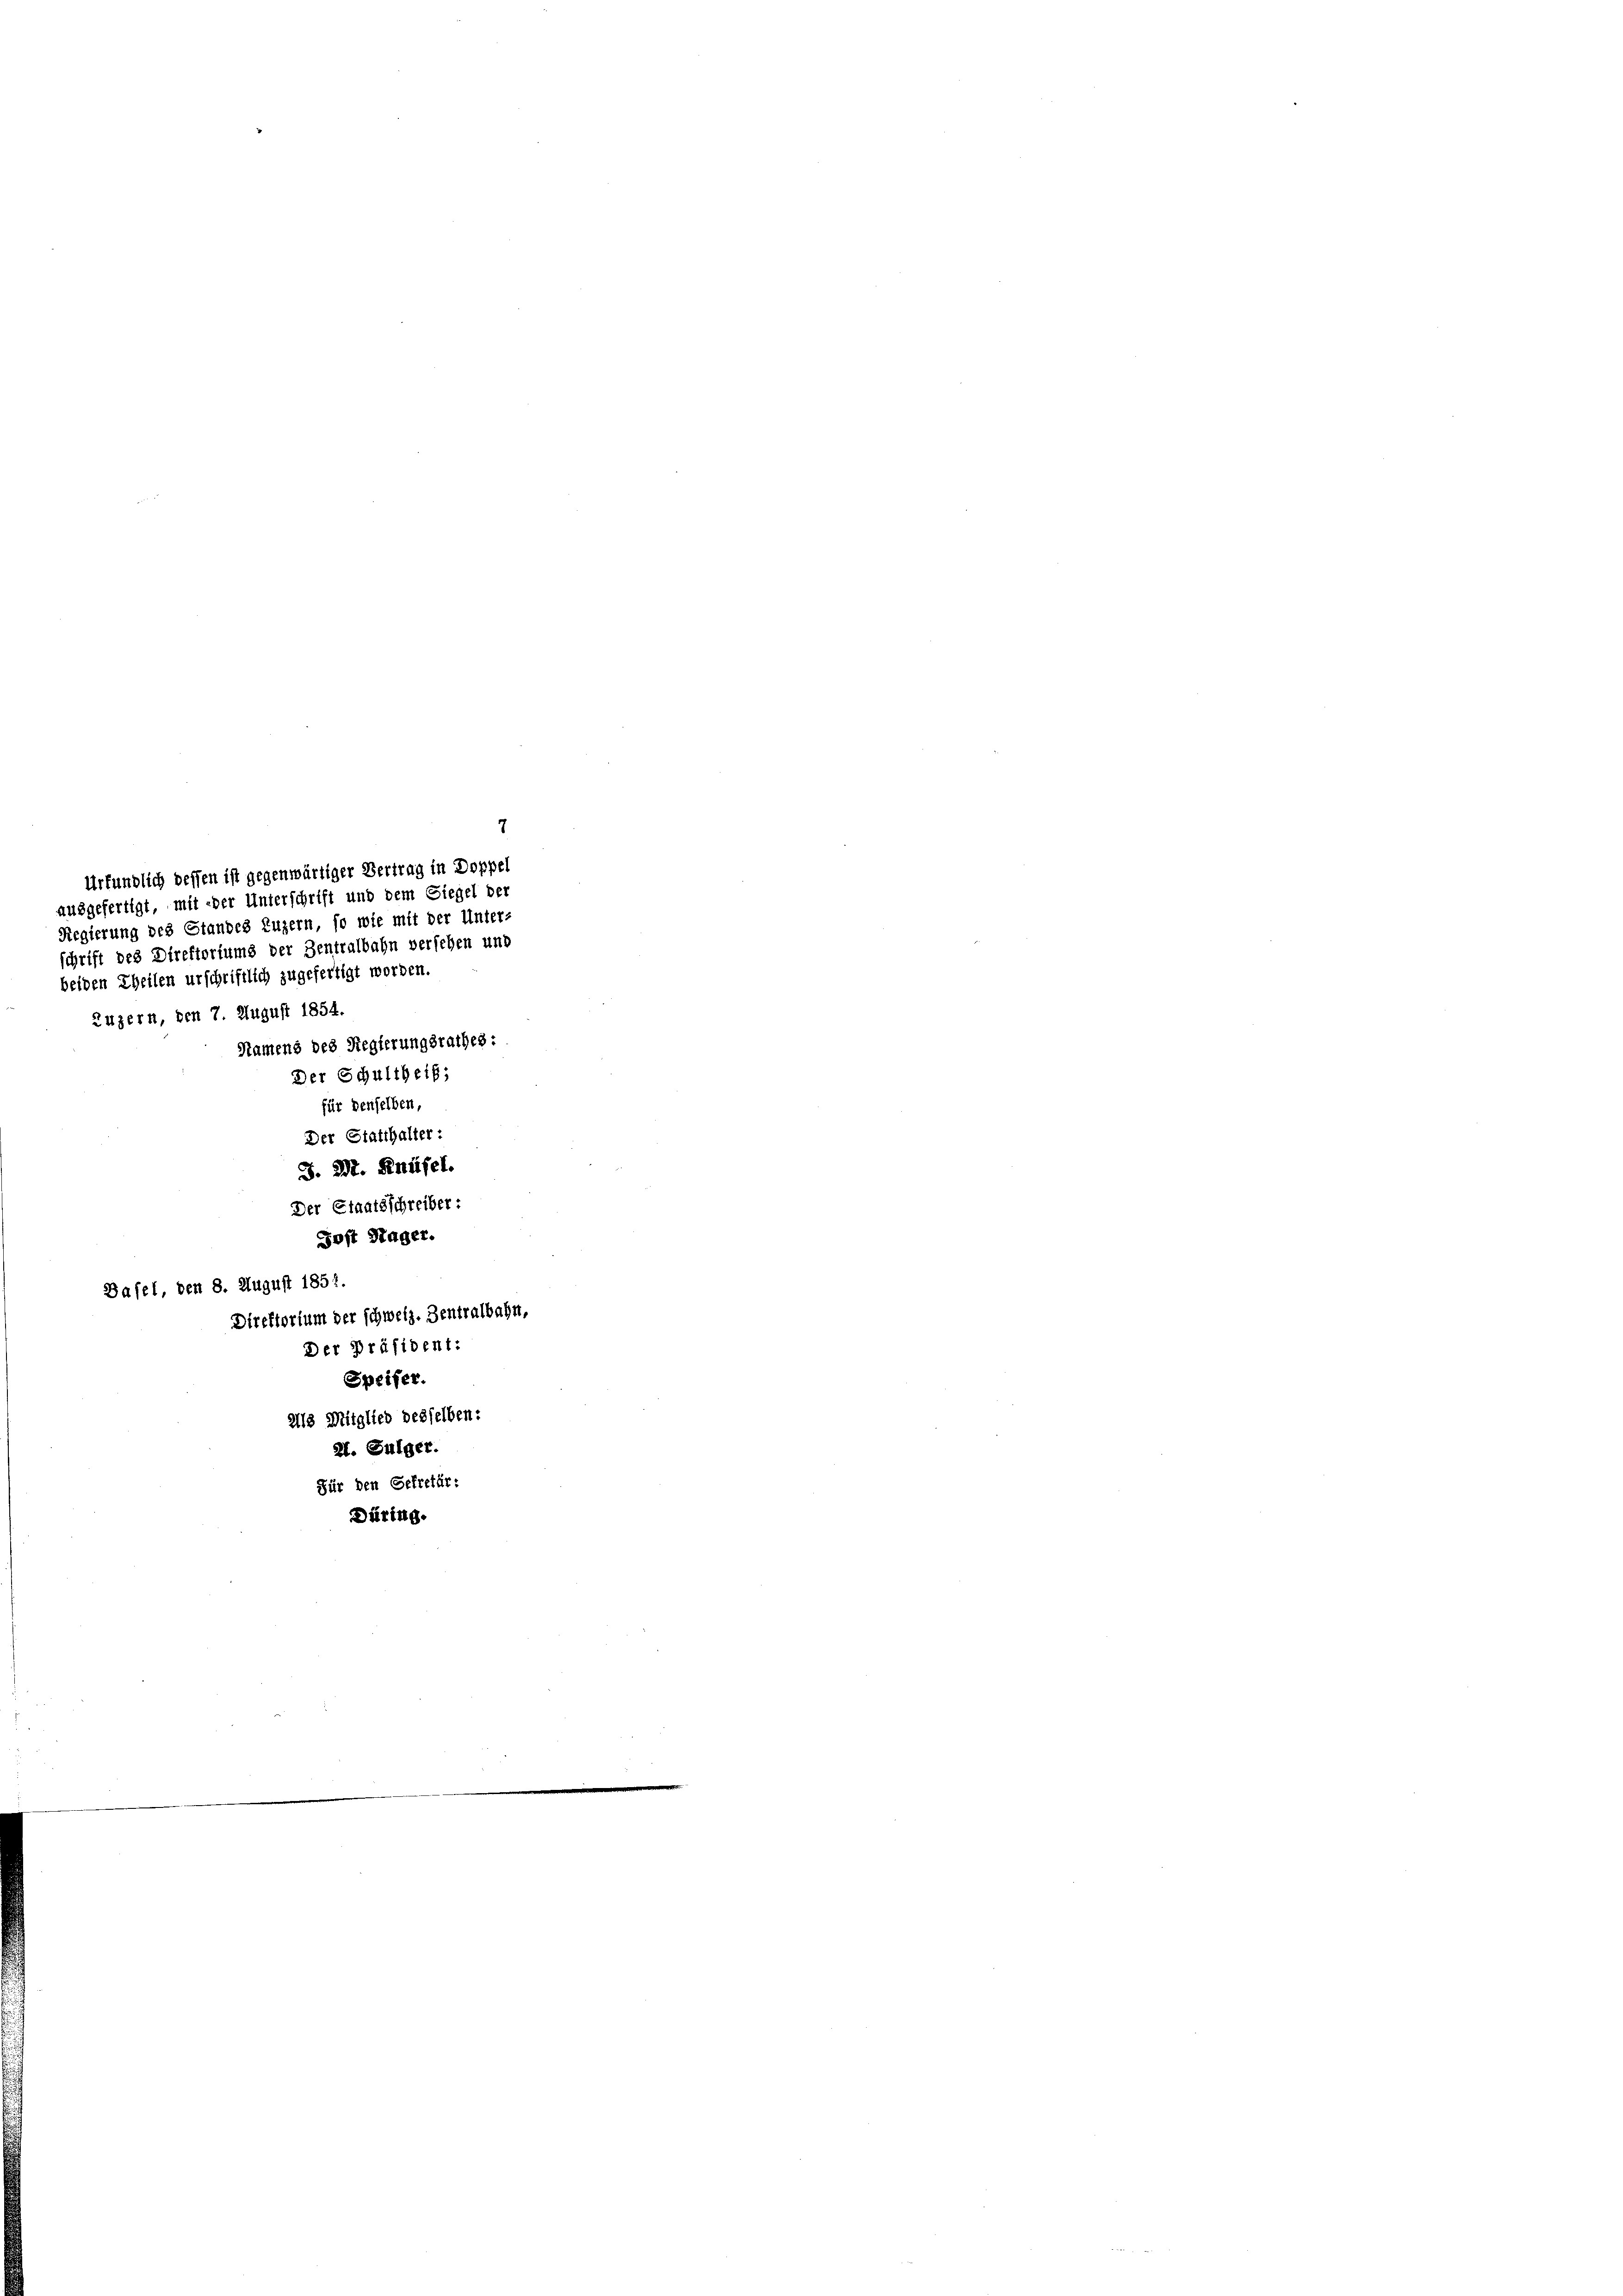
7
ausgefertigt, mit der Unterschrift und dem Siegel der
beiden Theilen urschriftlich zugefertigt worden.
Zuzern, den 7. August 1854.
Namens des Regierungsrathes:
Der Schultheit;
für denselben,
Der Statthalter:
J. 232. Genüsel.
Der Staatsschreiber:
Post Sager.
Basel, den 8. August 1851.
Direktorium der schweiz. Zentralbahn,
Der Präsident:
Speifer.
218 Mitglied desselben:
2. Fulger.
Für den Getretär:
Düring.

Urfündlich dessen ist gegenwärtiger Vertrag in Doppel
Regierung des Standes Luzern, so wie mit der Unter-
schrift des Direktoriums der Zentralbahn versehen und